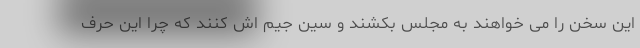
این سخن را می خواهند به مجلس بکشند و سین جیم اش کنند که چرا این حرف